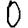
Digit: 0